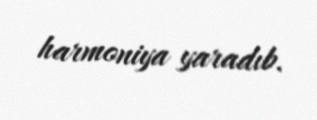
harmoniya yaradıb.